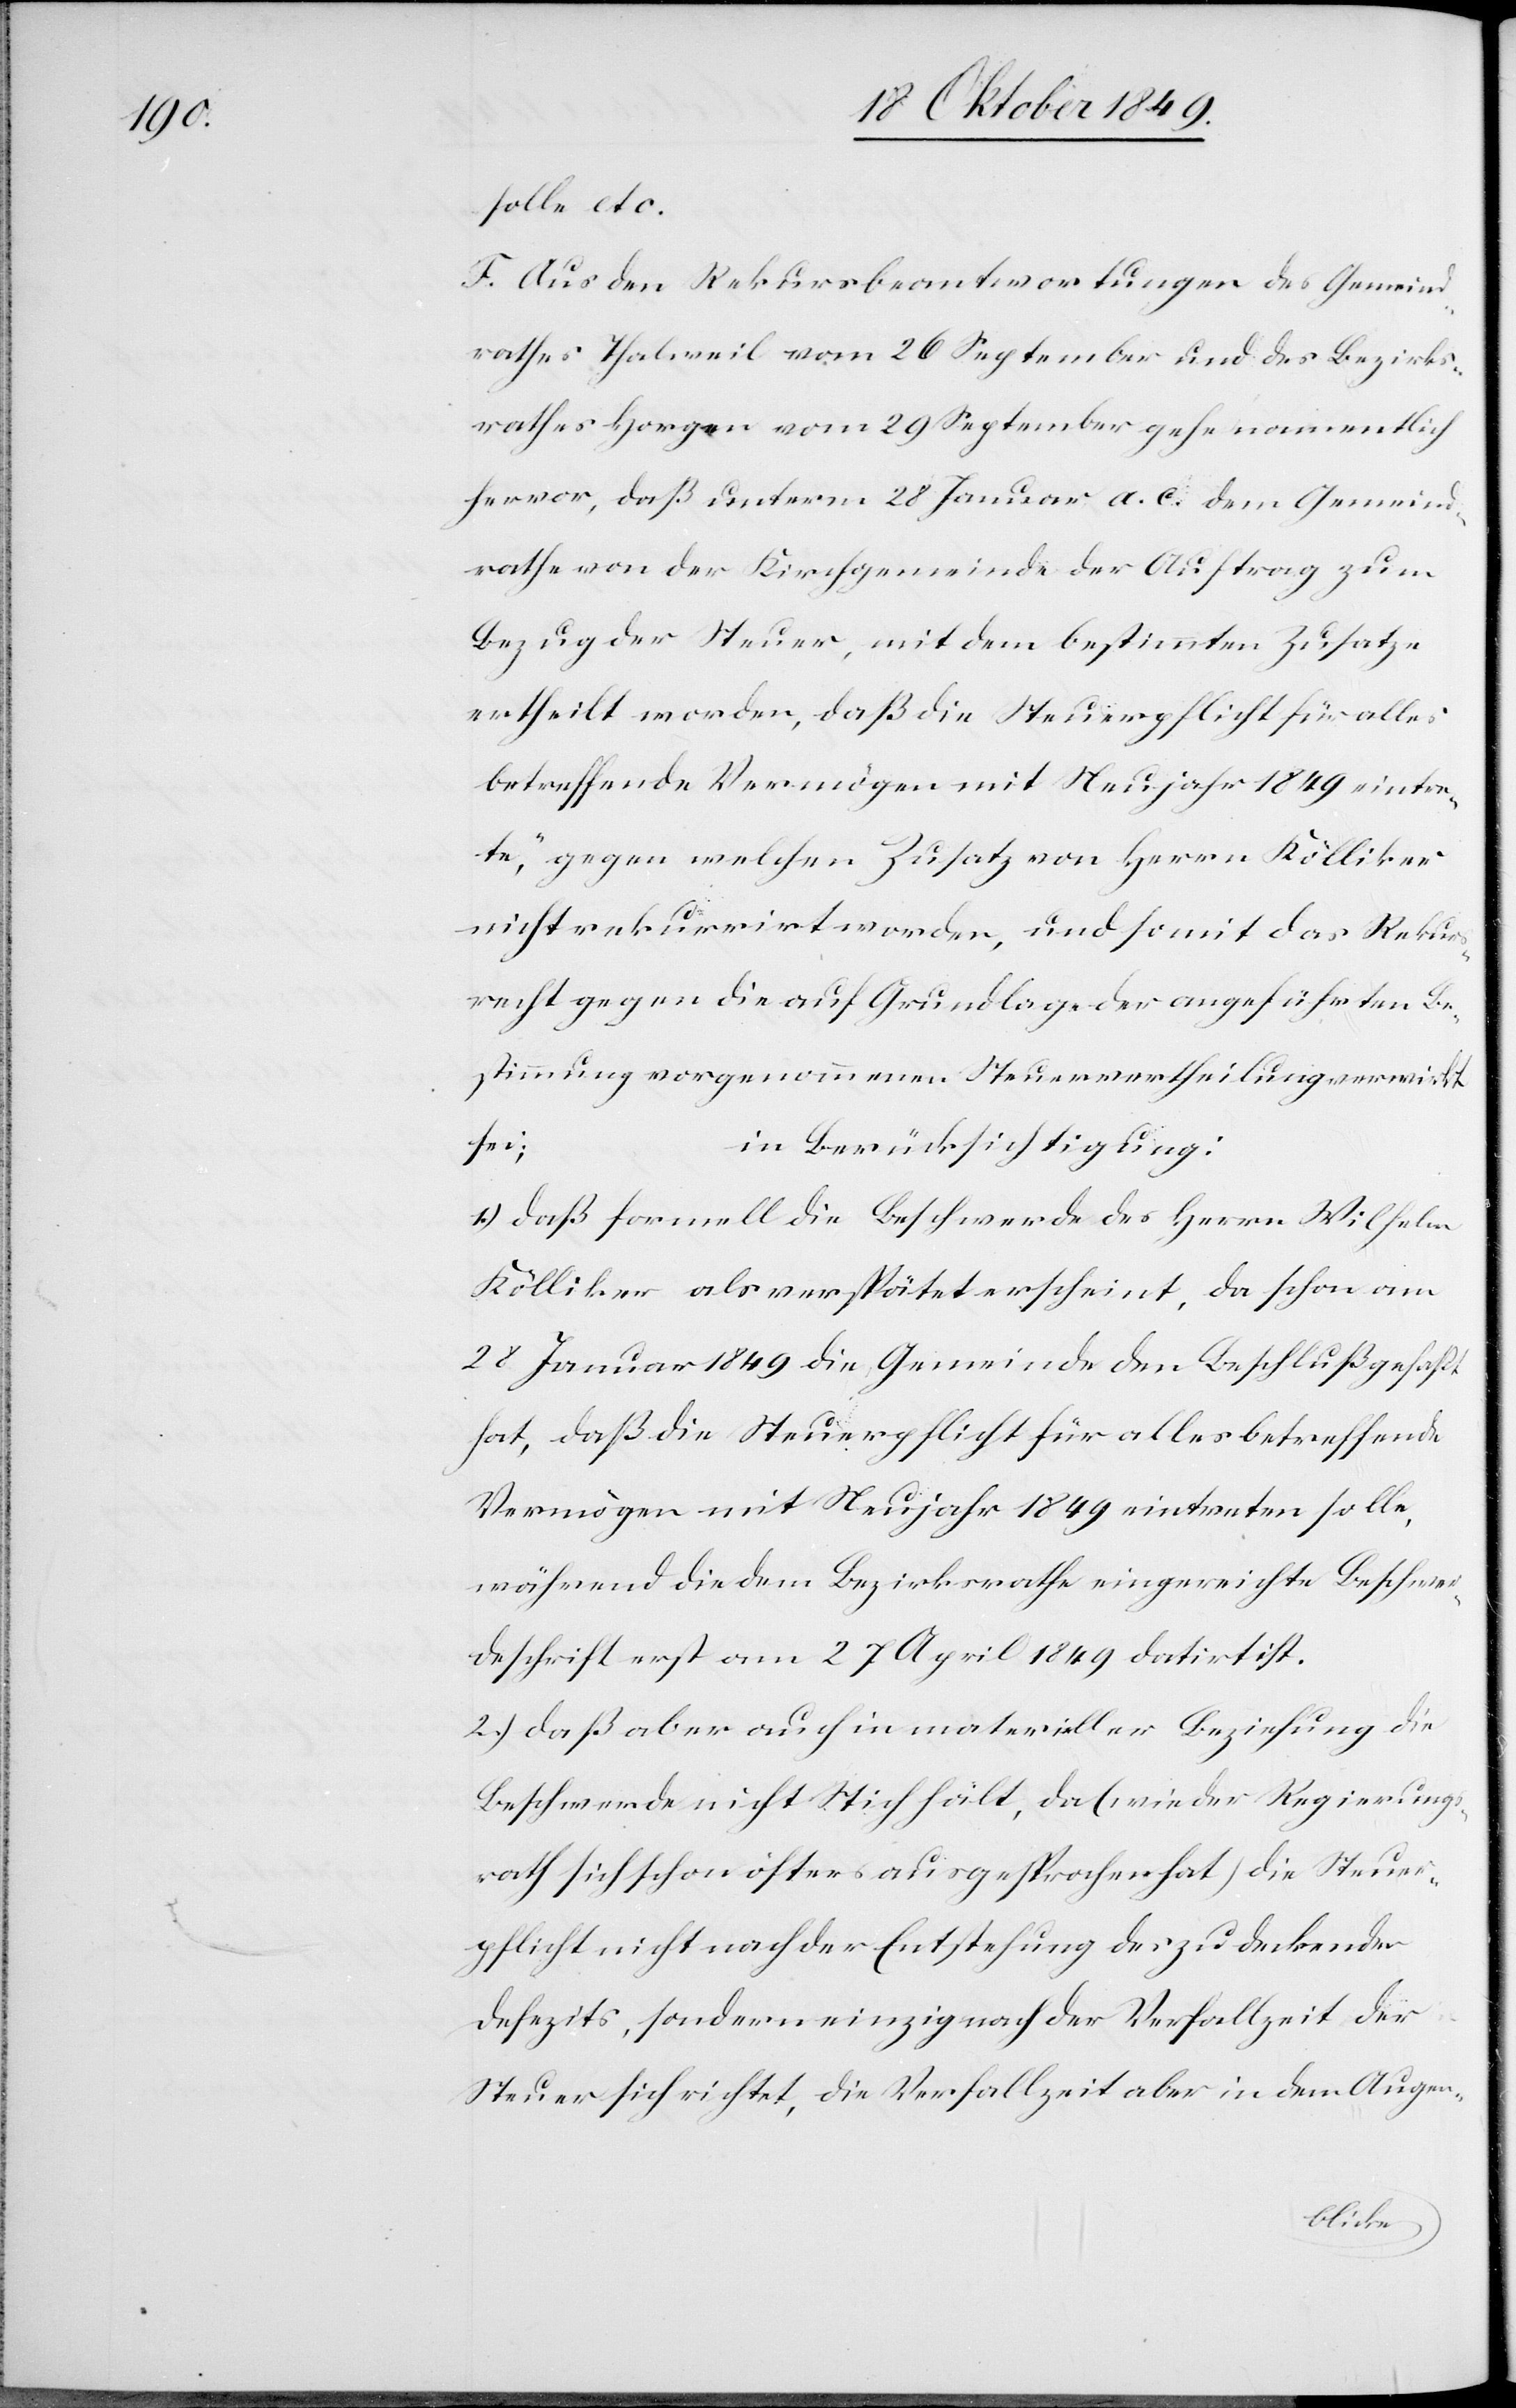
solle etc.
F. Aus den Rekursbeantwortungen des Gemeind¬
rathes Thalweil vom 26 September und des Bezirks¬
rathes Horgen vom 29 September gehe namentlich
hervor, daß unterm 28 Januar a. c. dem Gemeind¬
rathe von der Kirchgemeinde der Auftrag zum
Bezug der Steuer, mit dem bestimmten Zusatze
ertheilt worden, daß die Steuerpflicht für alles
betreffende Vermögen mit Neujahr 1849 eintre¬
te“, gegen welchen Zusatz von Herrn Kölliker
nicht rekurrirt worden, und somit das Rekurs¬
recht gegen die auf Grundlage der angeführten Be¬
stimmung vorgenommenen neuen Steuervertheilung verwirkt
in Berücksichtigung:
sei;
1.) daß formell die Beschwerde des Herrn Wilhelm
Kölliker als verspätet erscheint, da schon am
28 Januar 1849 die Gemeinde den Beschluß gefaßt
hat, daß die Steuerpflicht für alles betreffende
Vermögen mit Neujahr 1849 eintreten solle,
während die dem Bezirksrathe eingereichte Beschwer¬
deschrift erst am 27 April 1849 datirt ist.
2.) daß aber auch in materieller Beziehung die
Beschwerde nicht Stich hält, da (wie der Regierungs¬
rath sich schon öfters ausgesprochen hat) die Steuer¬
pflicht nicht nach der Entstehung des zu deckenden
Defizits, sondern einzig nach der Verfallzeit der
Steuer sich richtet, die Verfallzeit aber in dem Augen-